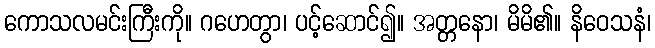
ကောသလမင်းကြီးကို။ ဂဟေတွာ၊ ပင့်ဆောင်၍။ အတ္တနော၊ မိမိ၏။ နိဝေသနံ၊